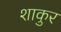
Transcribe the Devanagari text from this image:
शाकुर